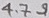
Text: 4.7Ω